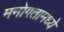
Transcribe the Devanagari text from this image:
मनोगतामध्ये